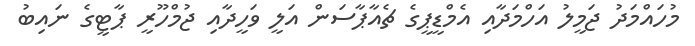
މުހައްމަދު ޖަމީލު އަހްމަދާއި އެމްޑީޕީގެ ޗެއާޕާސަން އަލީ ވަހީދާއި ޖުމްހޫރީ ޕާޓީގެ ނައިބު